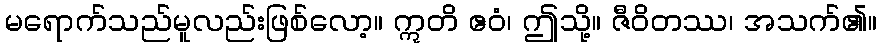
မရောက်သည်မူလည်းဖြစ်လော့။ ဣတိ ဧဝံ၊ ဤသို့။ ဇီဝိတဿ၊ အသက်၏။